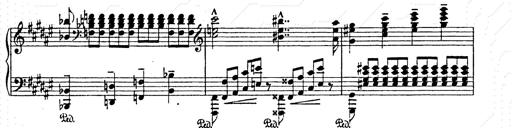
Title: AnnÃ©es de pÃ¨lerinage II
Composer: Franz Liszt